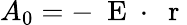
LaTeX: A_{0}=-\mathrm{~\mathbf~E~}\cdot\mathrm{~\mathbf~r~}